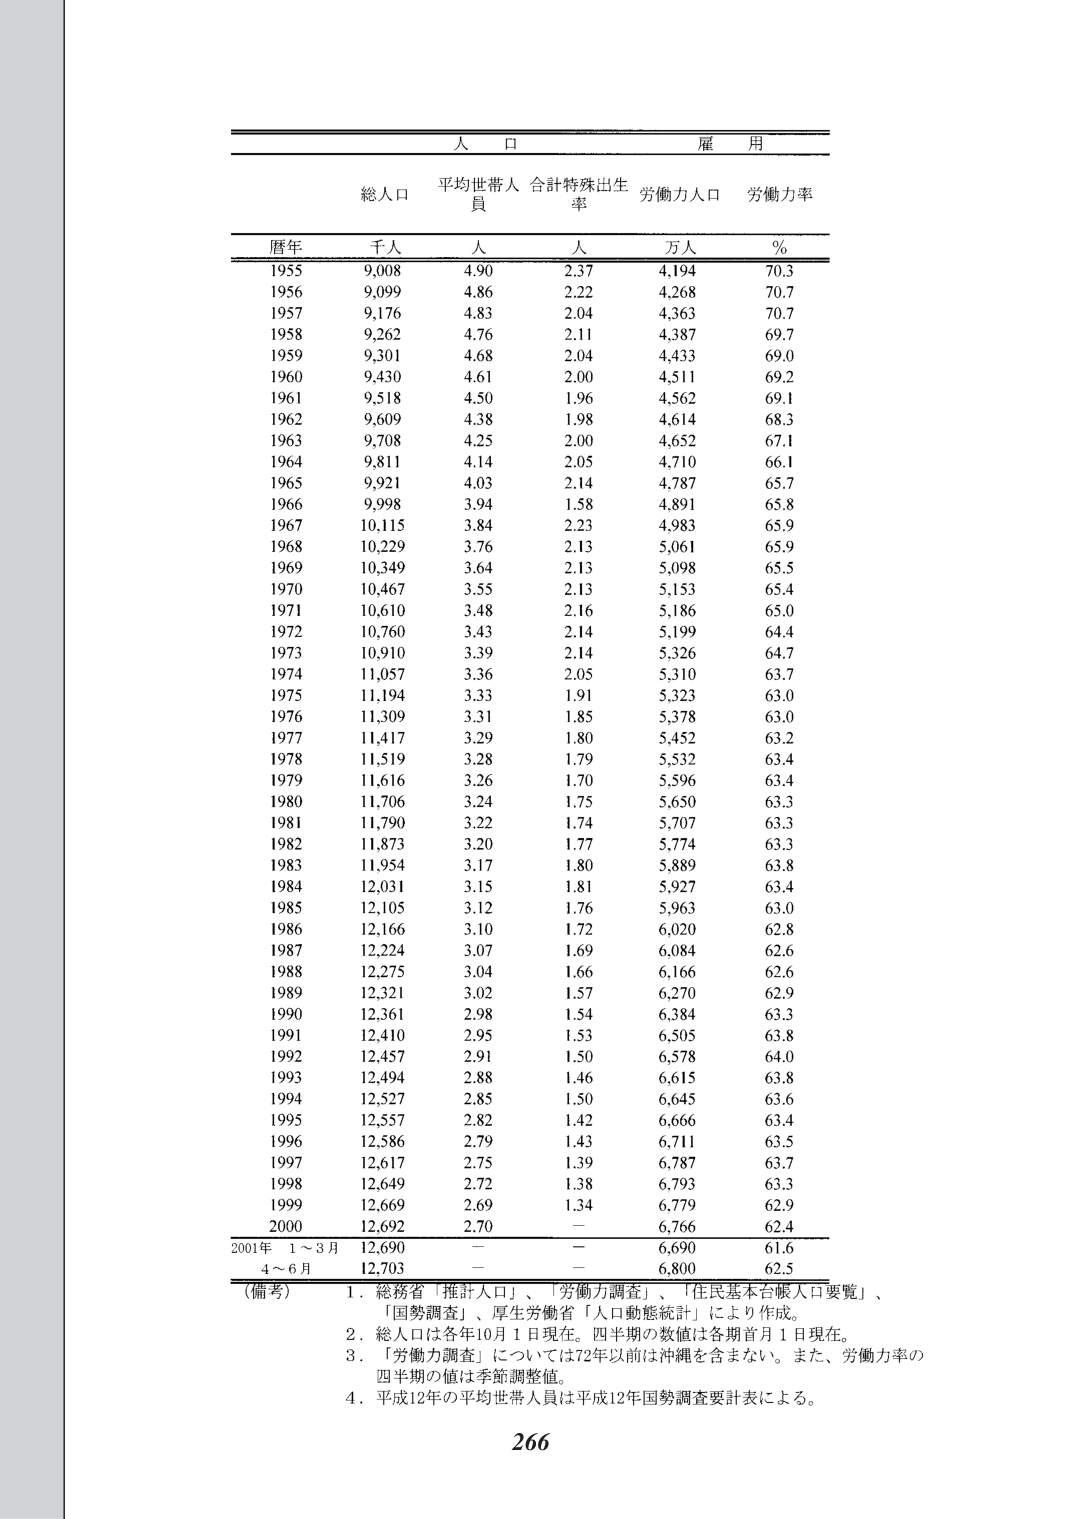
人 口 雇 用
総人口 平均世帯人員 合計特殊出生率 労働力人口 労働力率
暦年 千人 人 人 万人 %
1955 9,008 4.90 2.37 4,194 70.3
1956 9,099 4.86 2.22 4,268 70.7
1957 9,176 4.83 2.04 4,363 70.7
1958 9,262 4.76 2.11 4,387 69.7
1959 9,301 4.68 2.04 4,433 69.0
1960 9,430 4.61 2.00 4,511 69.2
1961 9,518 4.50 1.96 4,562 69.1
1962 9,609 4.38 1.98 4,614 68.3
1963 9,708 4.25 2.00 4,652 67.1
1964 9,811 4.14 2.05 4,710 66.1
1965 9,921 4.03 2.14 4,787 65.7
1966 9,998 3.94 1.58 4,891 65.8
1967 10,115 3.84 2.23 4,983 65.9
1968 10,229 3.76 2.13 5,061 65.9
1969 10,349 3.64 2.13 5,098 65.5
1970 10,467 3.55 2.13 5,153 65.4
1971 10,610 3.48 2.16 5,186 65.0
1972 10,760 3.43 2.14 5,199 64.4
1973 10,910 3.39 2.14 5,326 64.7
1974 11,057 3.36 2.05 5,310 63.7
1975 11,194 3.33 1.91 5,323 63.0
1976 11,309 3.31 1.85 5,378 63.0
1977 11,417 3.29 1.80 5,452 63.2
1978 11,519 3.28 1.79 5,532 63.4
1979 11,616 3.26 1.70 5,596 63.4
1980 11,706 3.24 1.75 5,650 63.3
1981 11,790 3.22 1.74 5,707 63.3
1982 11,873 3.20 1.77 5,774 63.3
1983 11,954 3.17 1.80 5,889 63.8
1984 12,031 3.15 1.81 5,927 63.4
1985 12,105 3.12 1.76 5,963 63.0
1986 12,166 3.10 1.72 6,020 62.8
1987 12,224 3.07 1.69 6,084 62.6
1988 12,275 3.04 1.66 6,166 62.6
1989 12,321 3.02 1.57 6,270 62.9
1990 12,361 2.98 1.54 6,384 63.3
1991 12,410 2.95 1.53 6,505 63.8
1992 12,457 2.91 1.50 6,578 64.0
1993 12,494 2.88 1.46 6,615 63.8
1994 12,527 2.85 1.50 6,645 63.6
1995 12,557 2.82 1.42 6,666 63.4
1996 12,586 2.79 1.43 6,711 63.5
1997 12,617 2.75 1.39 6,787 63.7
1998 12,649 2.72 1.38 6,793 63.3
1999 12,669 2.69 1.34 6,779 62.9
2000 12,692 2.70 — 6,766 62.4
2001年 1～3月 12,690 — — 6,690 61.6
4～6月 12,703 — — 6,800 62.5
（備考）
1．総務省「推計人口」、「労働力調査」、「住民基本台帳人口要覧」、「国勢調査」、厚生労働省「人口動態統計」により作成。
2．総人口は各年10月1日現在。四半期の数値は各期首月1日現在。
3．「労働力調査」については72年以前は沖縄を含まない。また、労働力率の四半期の値は季節調整値。
4．平成12年の平均世帯人員は平成12年国勢調査要計表による。
266